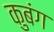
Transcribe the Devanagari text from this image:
कुबंग